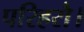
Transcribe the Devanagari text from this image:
परिहरौ।